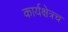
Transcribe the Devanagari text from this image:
कार्यक्षेत्रच